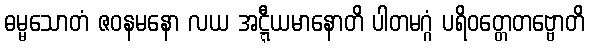
ဓမ္မသောတံ ဇဝနမနော လယ အဋ္ဋီယမာနောတိ ပါတမဂ္ဂံ ပရိဝတ္တေတဗ္ဗောတိ